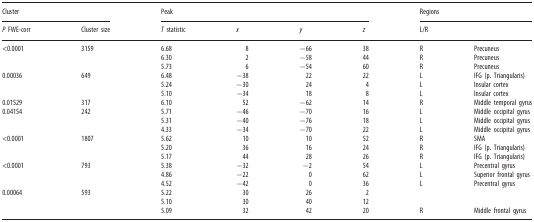
<table><thead><tr><td colspan="2"><b>Cluster</b></td><td colspan="4"><b>Peak</b></td><td colspan="2"><b>Regions</b></td></tr><tr><td><b><i>P</i> FWE-corr</b></td><td><b>Cluster size</b></td><td><b><i>T</i> statistic</b></td><td><b><i>x</i></b></td><td><b><i>y</i></b></td><td><b><i>z</i></b></td><td colspan="2"><b>L/R</b></td></tr></thead><tbody><tr><td rowspan="3">&lt;0.0001</td><td rowspan="3">3159</td><td>6.68</td><td>8</td><td>−66</td><td>38</td><td>R</td><td>Precuneus</td></tr><tr><td>6.30</td><td>2</td><td>−58</td><td>44</td><td>R</td><td>Precuneus</td></tr><tr><td>5.73</td><td>6</td><td>−54</td><td>60</td><td>R</td><td>Precuneus</td></tr><tr><td rowspan="3">0.00036</td><td rowspan="3">649</td><td>6.48</td><td>−38</td><td>22</td><td>22</td><td>L</td><td>IFG (p. Triangularis)</td></tr><tr><td>5.24</td><td>−30</td><td>24</td><td>4</td><td>L</td><td>Insular cortex</td></tr><tr><td>5.10</td><td>−34</td><td>18</td><td>8</td><td>L</td><td>Insular cortex</td></tr><tr><td>0.01529</td><td>317</td><td>6.10</td><td>52</td><td>−62</td><td>14</td><td>R</td><td>Middle temporal gyrus</td></tr><tr><td rowspan="3">0.04154</td><td rowspan="3">242</td><td>5.71</td><td>−46</td><td>−70</td><td>16</td><td>L</td><td>Middle occipital gyrus</td></tr><tr><td>5.31</td><td>−40</td><td>−76</td><td>18</td><td>L</td><td>Middle occipital gyrus</td></tr><tr><td>4.33</td><td>−34</td><td>−70</td><td>22</td><td>L</td><td>Middle occipital gyrus</td></tr><tr><td rowspan="3">&lt;0.0001</td><td rowspan="3">1807</td><td>5.62</td><td>10</td><td>10</td><td>52</td><td>R</td><td>SMA</td></tr><tr><td>5.20</td><td>36</td><td>16</td><td>24</td><td>R</td><td>IFG (p. Triangularis)</td></tr><tr><td>5.17</td><td>44</td><td>28</td><td>26</td><td>R</td><td>IFG (p. Triangularis)</td></tr><tr><td rowspan="3">&lt;0.0001</td><td rowspan="3">793</td><td>5.38</td><td>−32</td><td>−2</td><td>54</td><td>L</td><td>Precentral gyrus</td></tr><tr><td>4.86</td><td>−22</td><td>0</td><td>62</td><td>L</td><td>Superior frontal gyrus</td></tr><tr><td>4.52</td><td>−42</td><td>0</td><td>36</td><td>L</td><td>Precentral gyrus</td></tr><tr><td rowspan="3">0.00064</td><td rowspan="3">593</td><td>5.22</td><td>30</td><td>26</td><td>2</td><td></td><td></td></tr><tr><td>5.10</td><td>30</td><td>40</td><td>12</td><td></td><td></td></tr><tr><td>5.09</td><td>32</td><td>42</td><td>20</td><td>R</td><td>Middle frontal gyrus</td></tr></tbody></table>